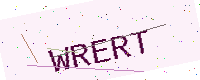
Text: WRERT